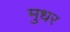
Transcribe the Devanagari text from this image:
मुधर